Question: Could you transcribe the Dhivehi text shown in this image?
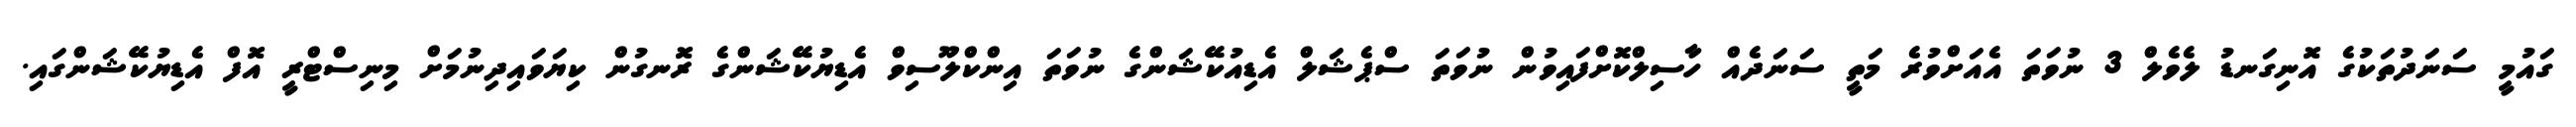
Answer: ގައުމީ ސަނަދުތަކުގެ އޮނިގަނޑު ލެވެލް 3 ނުވަތަ އެއަށްވުރެ މަތީ ސަނަދެއް ހާސިލްކޮށްފައިވުން ނުވަތަ ސްޕެޝަލް އެޑިއުކޭޝަންގެ ނުވަތަ އިންކްލޫސިވް އެޑިޔުކޭޝަންގެ ރޮނގުން ކިޔަވައިދިނުމަށް މިނިސްޓްރީ އޮފް އެޑިޔުކޭޝަންގައި.